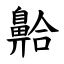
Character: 䶎